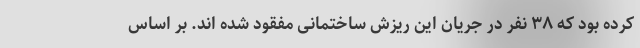
کرده بود که ۳۸ نفر در جریان این ریزش ساختمانی مفقود شده اند. بر اساس